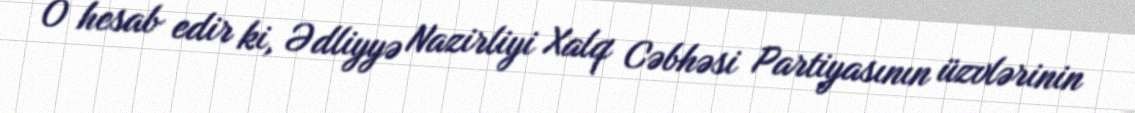
O hesab edir ki, Ədliyyə Nazirliyi Xalq Cəbhəsi Partiyasının üzvlərinin